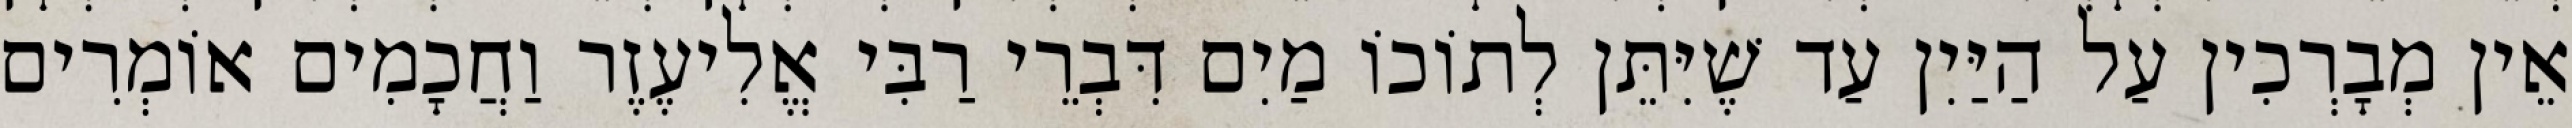
אֵין מְבָרְכִין עַל הַיַּיִן עַד שֶׁיִּתֵּן לְתוֹכוֹ מַיִם דִּבְרֵי רַבִּי אֱלִיעֶזֶר וַחֲכָמִים אוֹמְרִים